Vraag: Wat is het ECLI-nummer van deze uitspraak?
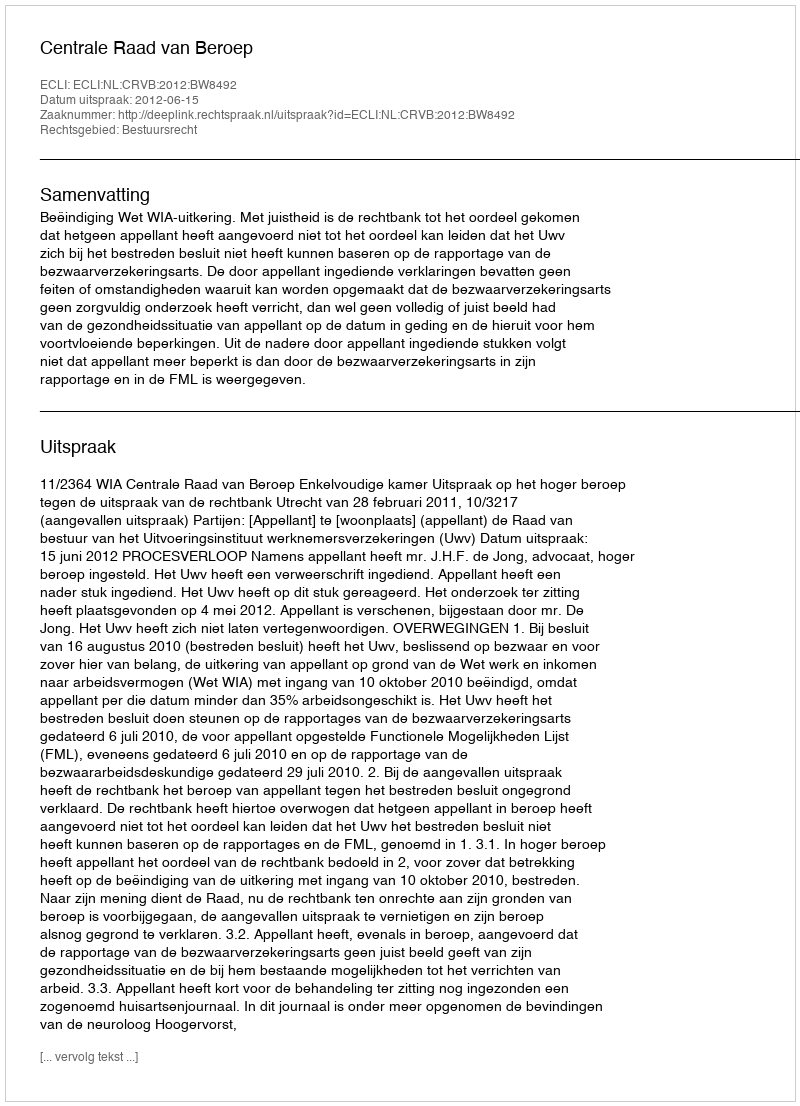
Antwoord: ECLI:NL:CRVB:2012:BW8492